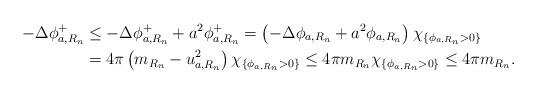
LaTeX: \begin{align*}-\Delta \phi_{a,R_{n}}^{+} &\leq -\Delta \phi_{a,R_{n}}^{+} + a^{2} \phi_{a,R_{n}}^{+} = \left( -\Delta \phi_{a,R_{n}} + a^{2} \phi_{a,R_{n}} \right) \chi_{\{\phi_{a,R_{n}} > 0\}} \\ &= 4 \pi \left( m_{R_{n}} - u_{a,R_{n}}^{2} \right) \chi_{\{\phi_{a,R_{n}} > 0\}} \leq 4 \pi m_{R_{n}} \chi_{\{\phi_{a,R_{n}} > 0\}} \leq 4 \pi m_{R_{n}}. \end{align*}